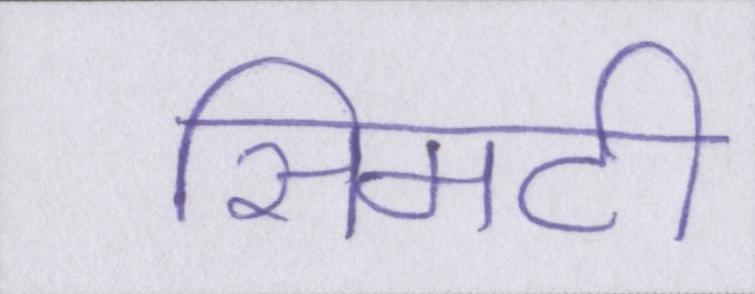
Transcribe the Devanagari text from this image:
सिमटी